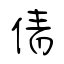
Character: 倩